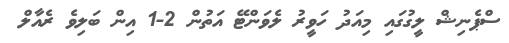
ސްޕެނިޝް ލީގުގައި މިއަދު ހަވީރު ލެވަންޓޭ އަތުން 2-1 އިން ބަލިވެ ރެއާލް